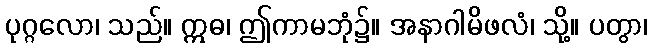
ပုဂ္ဂလော၊ သည်။ ဣဓ၊ ဤကာမဘုံ၌။ အနာဂါမိဖလံ၊ သို့။ ပတွာ၊